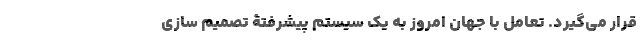
قرار می­گیرد. تعامل با جهان امروز به یک سیستمِ پیشرفتۀ تصمیم ­سازی